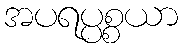
အပရပ္ပစ္စယာ